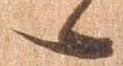
々